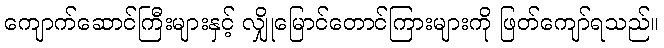
ကျောက်ဆောင်ကြီးများနှင့် လျှိုမြောင်တောင်ကြားများကို ဖြတ်ကျော်ရသည်။